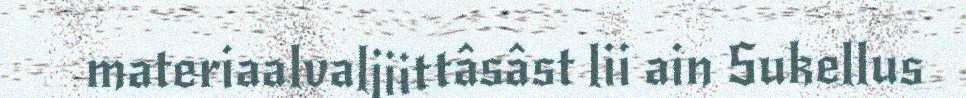
materiaalvaljiittâsâst lii ain Sukellus